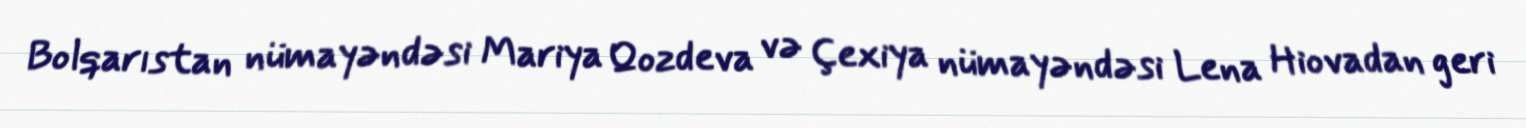
Bolqarıstan nümayəndəsi Mariya Qozdeva və Çexiya nümayəndəsi Lena Hiovadan geri